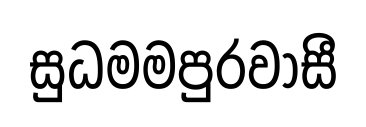
සුධමමපුරවාසී